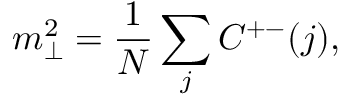
m _ { \perp } ^ { 2 } = \frac { 1 } { N } \sum _ { j } C ^ { + - } ( j ) ,